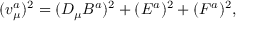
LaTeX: ( v _ { \mu } ^ { a } ) ^ { 2 } = ( D _ { \mu } B ^ { a } ) ^ { 2 } + ( E ^ { a } ) ^ { 2 } + ( F ^ { a } ) ^ { 2 } ,